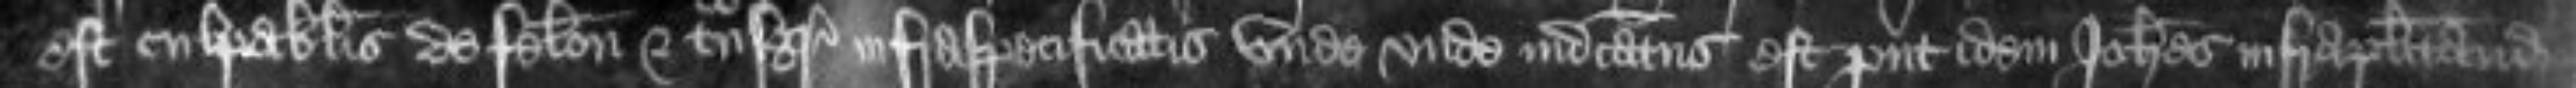
est culpabilis de felonia et transgressione infraspecificatis unde indictatus est prout idem Johannes infraplacitando